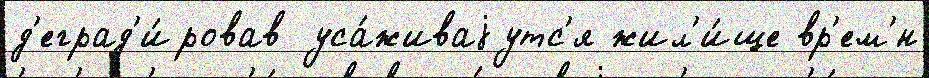
д'еград'и́ровав уса́живаjутс'я жил'и́ще вр'ем'́н